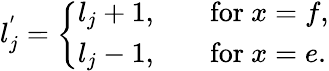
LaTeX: l_{j}^{'}=\left\{ \begin{array}{ll}{{l_{j}+1,}}&{{\quad\mathrm{for}\ x=f,}}\\ {{l_{j}-1,}}&{{\quad\mathrm{for}\ x=e.}}\end{array}\right.